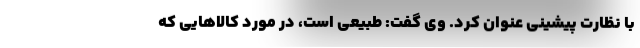
با نظارت پیشینی عنوان کرد. وی گفت: طبیعی است، در مورد کالاهایی که